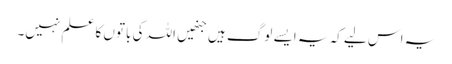
یہ اس لیے کہ یہ ایسے لوگ ہیں جنھیں اللہ کی باتوں کا علم نہیں۔